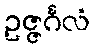
ဥဇ္ဇင်္ဂလံ